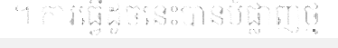
។ ការធ្វើដូចនេះបានបំផ្លាញថ្ម